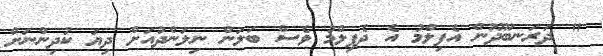
" ދަރަނބޫދޫން އެފިލްމު އެ ދެފިލްމު ވެސް ބަލަން ނިލަންދުއަށް ދިޔަ ކުދިންނަށް